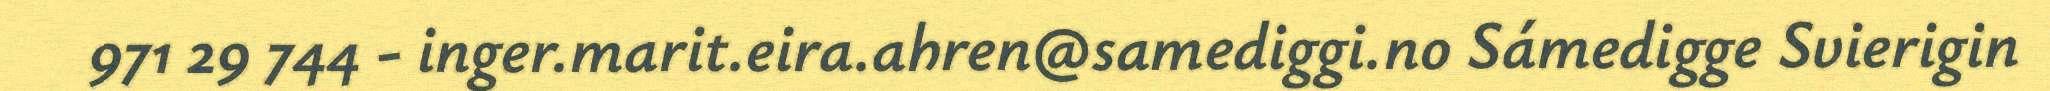
971 29 744 - inger.marit.eira.ahren@samediggi.no Sámedigge Svierigin